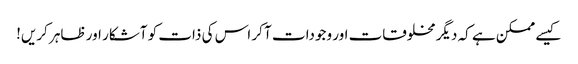
کیسے ممکن ہے کہ دیگر مخلوقات اور وجودات آ کر اس کی ذات کو آشکار اور ظاہر کریں!